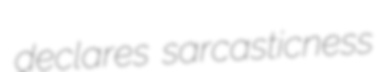
declares sarcasticness